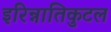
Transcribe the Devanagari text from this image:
इरिन्नातिकुटल